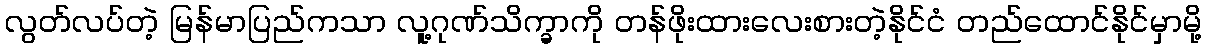
လွတ်လပ်တဲ့ မြန်မာပြည်ကသာ လူ့ဂုဏ်သိက္ခာကို တန်ဖိုးထားလေးစားတဲ့နိုင်ငံ တည်ထောင်နိုင်မှာမို့